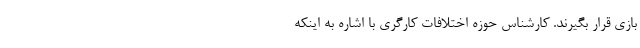
بازی قرار بگیرند. کارشناس حوزه اختلافات کارگری با اشاره به اینکه